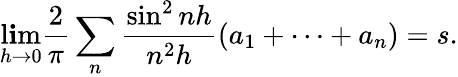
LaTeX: \operatorname*{l\mathbf{i}m}_{h\rightarrow0}{\frac{{2}}{{\pi}}}\sum_{n}{\frac{{\sin^{2}nh}}{{n^{2}h}}}(a_{1}+\cdots+a_{n})=s.